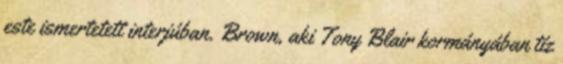
este ismertetett interjúban. Brown, aki Tony Blair kormányában tíz